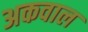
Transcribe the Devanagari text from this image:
अकवाल